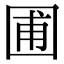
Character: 圃